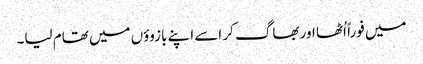
میں فوراً اُٹھا اور بھاگ کر اسے اپنے بازوؤں میں تھام لیا۔